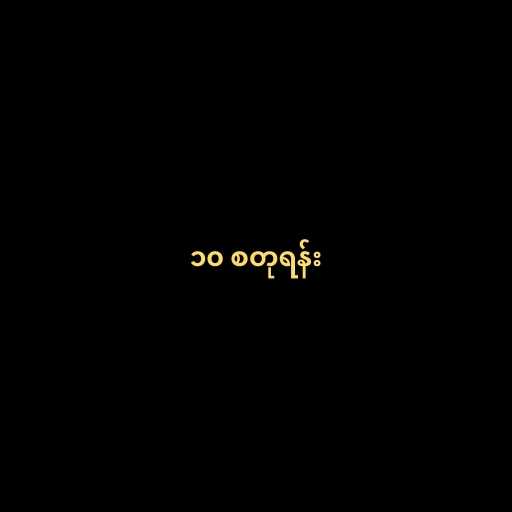
၁၀ စတုရန်း